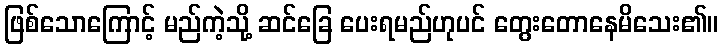
ဖြစ်သောကြောင့် မည်ကဲ့သို့ ဆင်ခြေ ပေးရမည်ဟုပင် တွေးတောနေမိသေး၏။